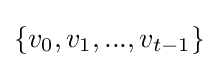
\{v_{0},v_{1},...,v_{t-1}\}